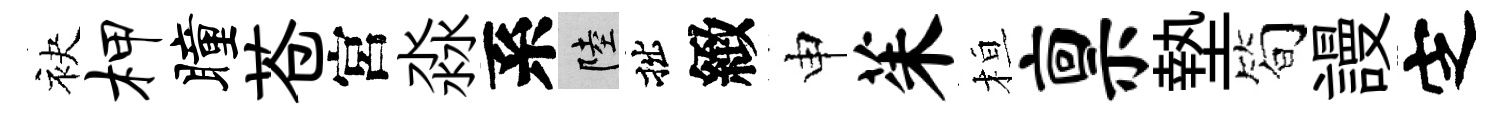
袂柙瞳苍宮淼系陸拙緻申茱桓禀墊筍謾㝎